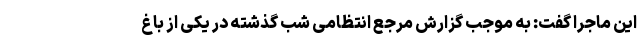
این ماجرا گفت: به موجب گزارش مرجع انتظامی شب گذشته در یکی از باغ